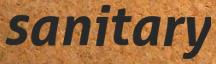
sanitary